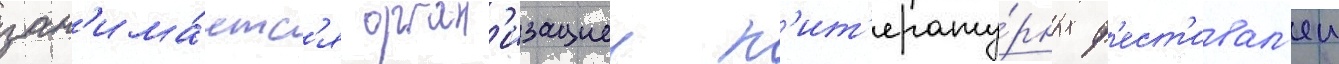
зан'има́етс'я орган'изациеи л'ит'ерату́рных ф'ест'ивал'еи